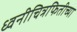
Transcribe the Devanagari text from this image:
ध्वनीचित्रफितीच्या